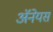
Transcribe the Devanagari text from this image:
अॅनेयस